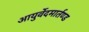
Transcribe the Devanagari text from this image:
आयुर्वेदमार्तण्ड